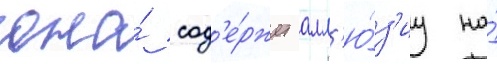
она́ сод'е́ржит алл'ю́з'иу на́